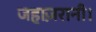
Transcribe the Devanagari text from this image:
जहाज़रानी।